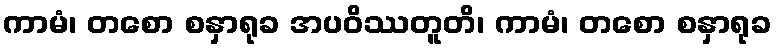
ကာမံ၊ တစော စနှာရုခ အပဝိဿတူတိ၊ ကာမံ၊ တစော စနှာရုခ